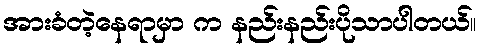
အားခံတဲ့နေရာမှာ က နည်းနည်းပိုသာပါတယ်။